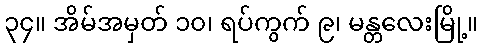
၃၄။ အိမ်အမှတ် ၁၀၊ ရပ်ကွက် ၉၊ မန္တလေးမြို့။